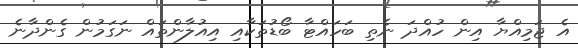
އެ ޖަމިއްޔާ އިން ހުއްދަ ނެތި ބަހައްޓާ ބޯޑުތަކާއި އިއުލާންތައް ނަގަމުން ގެންދާނެ